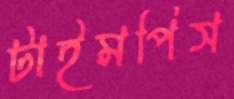
টাইমপিস